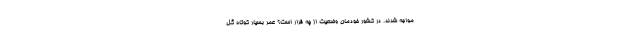
مواجه شدند. در کشور خودمان وضعیت از چه قرار است؟ عمر بسیار کوتاه گل